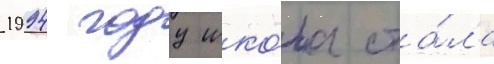
1994 году шко́ла ста́ла